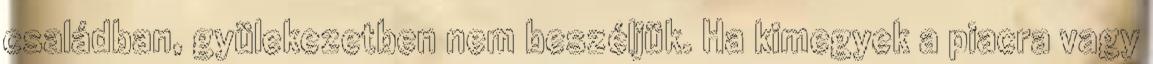
családban, gyülekezetben nem beszéljük. Ha kimegyek a piacra vagy